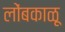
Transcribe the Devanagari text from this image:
लोंबकाळू